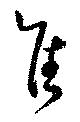
隹